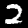
Digit: 2